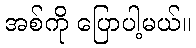
အစ်ကို ပြောပါ့မယ်။